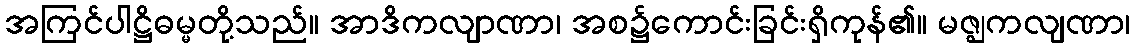
အကြင်ပါဋ္ဌိဓမ္မတို့သည်။ အာဒိကလျာဏာ၊ အစ၌ကောင်းခြင်းရှိကုန်၏။ မဇ္ဈကလျဏာ၊